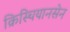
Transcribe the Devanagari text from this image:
क्रिस्चियानसेन